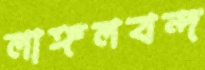
লাঙ্গলবন্দ